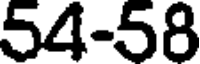
54-58